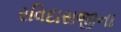
રવિદાસજીના